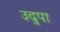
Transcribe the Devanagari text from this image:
उदुपा